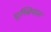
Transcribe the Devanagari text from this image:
यूस्बियास